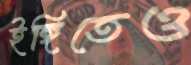
ইঙ্গিতেও